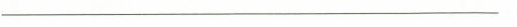
___